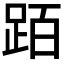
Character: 𬦰